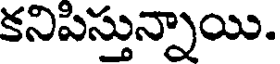
కనిపిస్తున్నాయి.